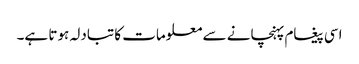
اسی پیغام پہنچانے سے معلومات کا تبادلہ ہوتا ہے۔